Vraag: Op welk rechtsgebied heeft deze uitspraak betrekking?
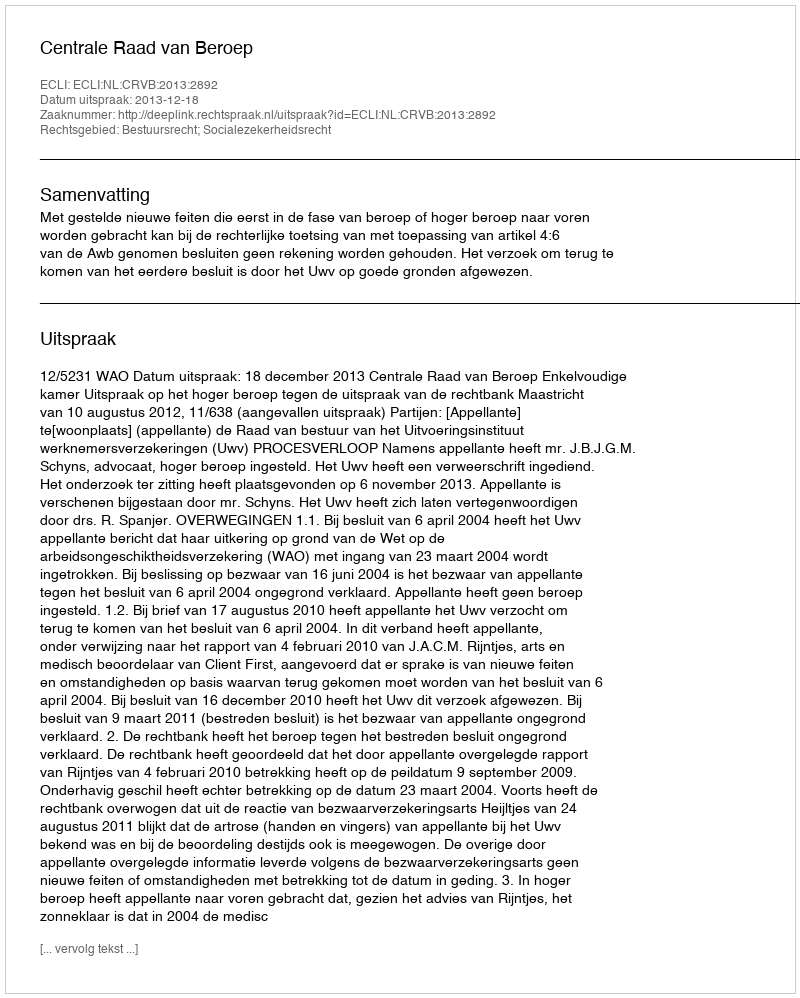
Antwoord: Bestuursrecht; Socialezekerheidsrecht